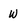
Character: w